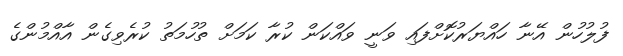
ފުލުހުން އޭނާ ހައްޔަރުކޮށްފައި ވަނީ ވައްކަން ކުރާ ކަމަށް ތުހުމަތު ކުރެވިގެން އާއްމުންގެ